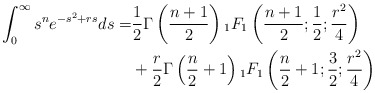
\begin{align*} \int_{0}^{\infty}s^n e^{-s^2+rs}ds =& \frac{1}{2}\Gamma\left(\frac{n+1}{2}\right){}_1F_1\left(\frac{n+1}{2};\frac{1}{2};\frac{r^2}{4}\right) \\ & +\frac{r}{2}\Gamma\left(\frac{n}{2}+1\right){}_1F_1\left(\frac{n}{2}+1;\frac{3}{2};\frac{r^2}{4}\right) \end{align*}